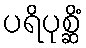
ပရိပုစ္ဆိံ